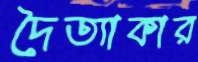
দৈত্যাকার